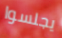
يجلسوا